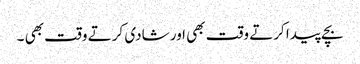
بچے پیدا کرتے وقت بھی اور شادی کرتے وقت بھی ۔